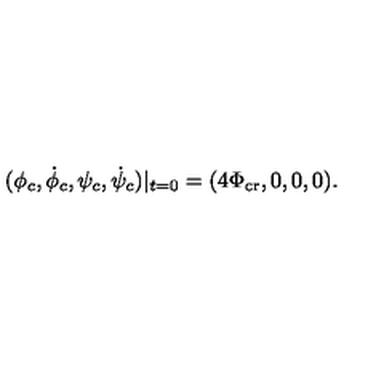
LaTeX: ( \phi _ { c } , \dot { \phi } _ { c } , \psi _ { c } , \dot { \psi } _ { c } ) | _ { t = 0 } = ( 4 \Phi _ { \mathrm { c r } } , 0 , 0 , 0 ) .